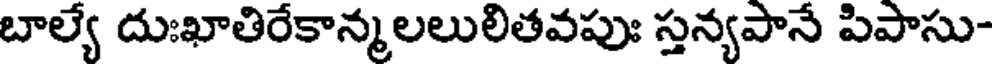
బాల్యే దుఃఖాతిరేకాన్మలలులితవపుః స్తన్యపానే పిపాసు-